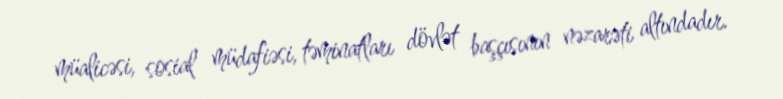
müalicəsi, sosial müdafiəsi, təminatları dövlət başçısının nəzarəti altındadır.